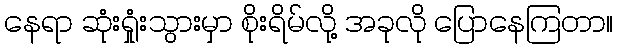
နေရာ ဆုံးရှုံးသွားမှာ စိုးရိမ်လို့ အခုလို ပြောနေကြတာ။